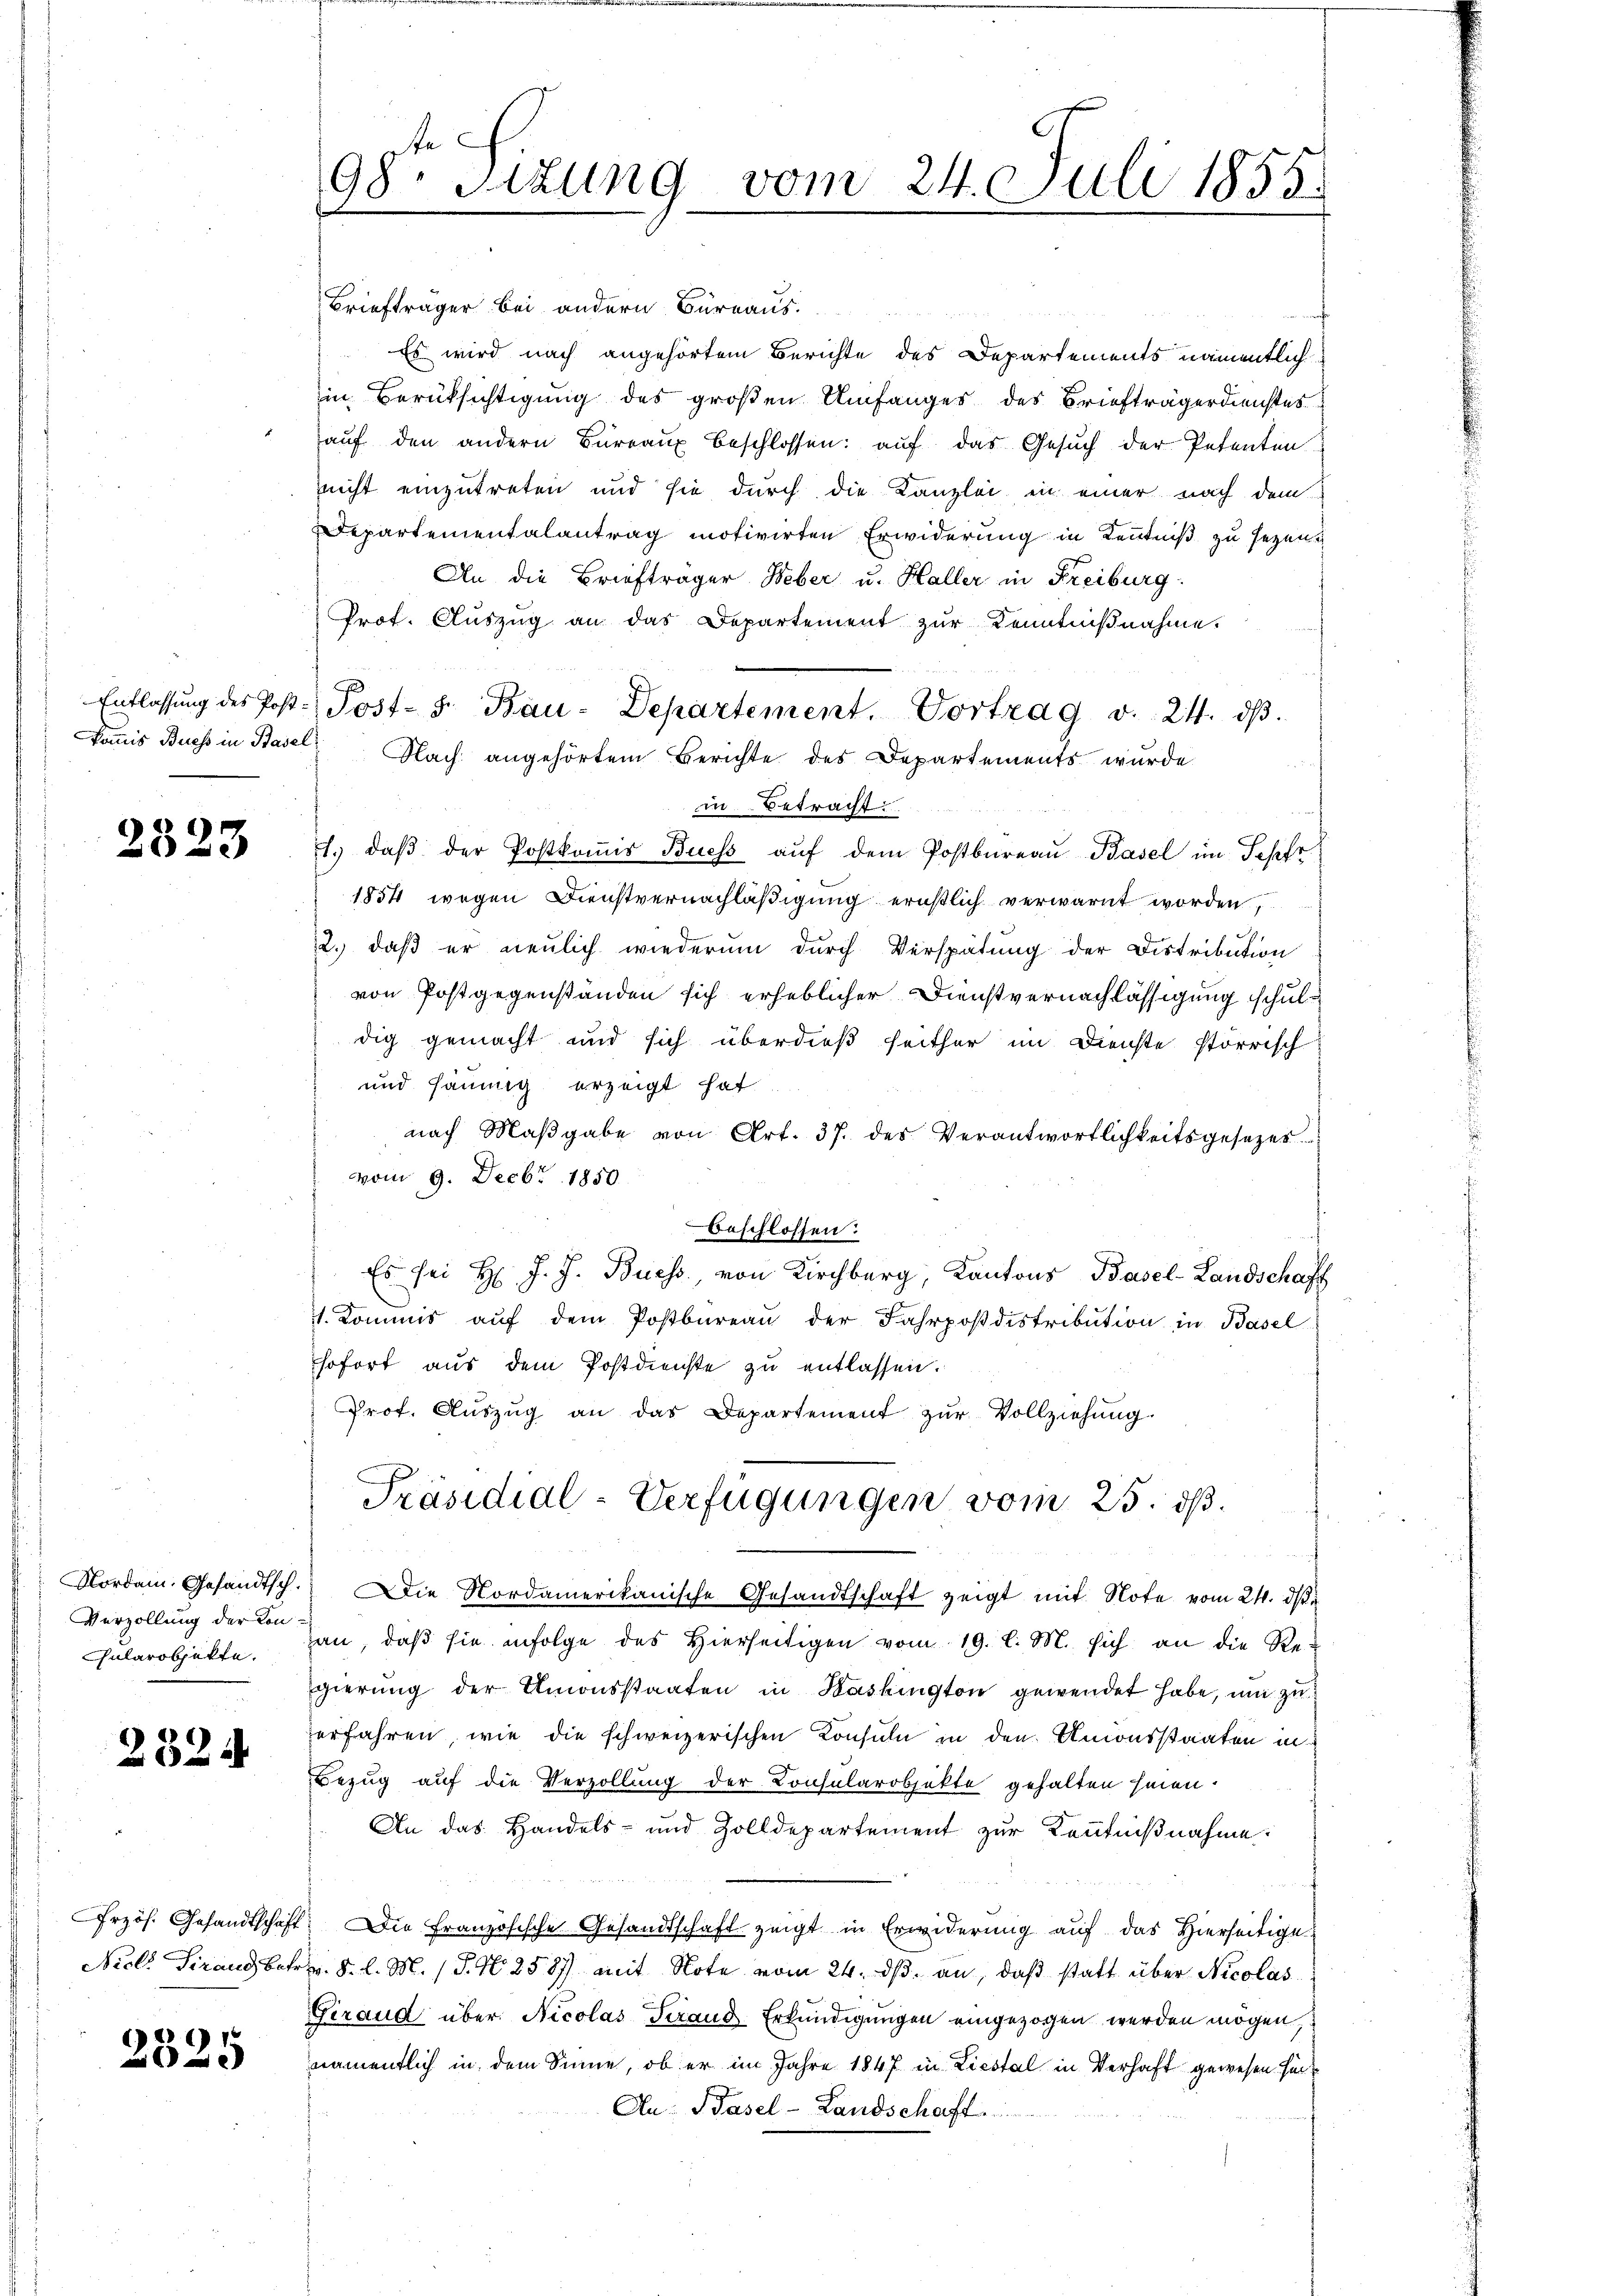
2523

Verzöllung der Kon¬
Gularobjekte.

2324

2525

Briefträger bei andern Büreaus.
e
Es wird nach angehörtem Berichte des Departements namentlich
in Berüksichtigung des großen Umfanges des Briefträgerdienstes
aŭf den andern Büreaŭ beschlossen: auf das Gesuch der Petenten
nicht einzutreten und sie durch die Kanzlei in einer nach dem
Departementalantrag motivirten Erwiderung in Kenntniß zu sezen.
An die Briefträger Weber u. Haller in Freiburg
Prof. Aŭszŭg an das Departement zŭr Kenntniβnahme.
Namis Buess in Basel. Nach angehörtem Berichte des Departements wurde
in Betracht:
1. daβ der Postkoṁis Buess aŭf dem Postbüreaŭ Basel im Sepfr
1854 wegen Dienstvernachläßigung ernstlich verwarnt worden,
2.) daß er neulich wiederum durch Verspätung der Distribution
von Postgegenständen sich erheblicher Dienstvernachlässigung schuldig gemacht und sich überdieß seither im Dienste störrisch
und häumig erzeigt hat
nach Maβgabe von Art. 37. des Verantwortlichkeitsgesezes
vom 9. Decbr. 1850.
beschlossen:
Es sei Hr. J. J. Buess, von Kirchberg, Kantons Basel-Landschaft
4. Kommis aŭf dem Postbüreaŭ der Fahrposdistribution in Basel
sofort aus dem Postdienste zu entlassen.
Prot. Aŭszŭg an das Departement zŭr Vollziehŭng.
Präsidial-Verfügungen vom 25. dß.
Nordam. Gesandtsch. Die Nordamerikanische Gesandtschaft zeigt mit Note vom 24. ds.
han, daß sie infolge des Hierseitigen vom 19. l. M. sich an die Re-
gierŭng der Amonsstaaten in Kashington gewendet habe, um zu
erfahren, wie die schweizerischen Konsuln in den Unionsstaaten in
Bezug auf die Verzollung der Consularobjekte gehalten seien.
An das Handels- und Zolldepartement zur Kenntnißnahme:
Przös. Gesandtschaft: Die Französische Gesandtschaft zeigt in Erwiderung auf das Hierseitige
Nicl. Tirand betr. v. 8. l. M. (T. N. 2587 mit Note vom 24. ds. an, daß statt über Nicolas
Firaud über. Nicolas Terand Erkundigungen eingezogen werden mögen,
namentlich in dem Sinne, ob er im Jahre 1847 in Liestal in Verhaft gewesen sei¬
An: Basel-Landschaft

98. Sitzung vom 24. Juli 1855.
d

Entlassŭng des Post. Post- 5. Bau-Departement. Vortrag v. 24. dβ.